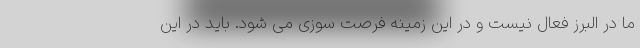
ما در البرز فعال نیست و در این زمینه فرصت سوزی می شود. باید در این